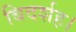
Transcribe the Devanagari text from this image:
बिदर्शह।